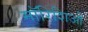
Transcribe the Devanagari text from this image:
मॉरिशिओ